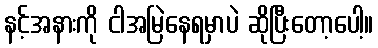
နင့်အနားကို ငါအမြဲနေရမှာပဲ ဆိုပြီးတော့ပေါ့။